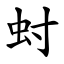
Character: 䖞